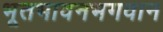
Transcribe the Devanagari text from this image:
भूतभावनभगवान